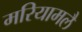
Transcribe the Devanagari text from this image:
मरियामलै